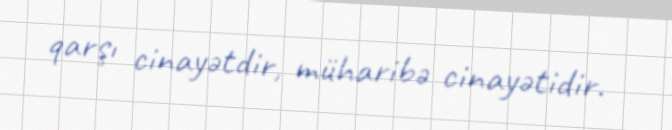
qarşı cinayətdir, müharibə cinayətidir.